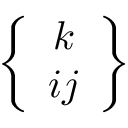
\left\{ \begin{array} { c } { k } \\ { i j } \end{array} \right\}